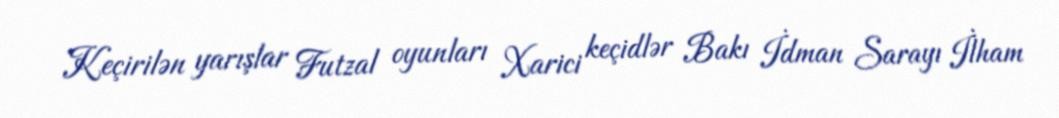
Keçirilən yarışlar Futzal oyunları Xarici keçidlər Bakı İdman Sarayı İlham